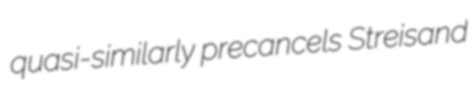
quasi-similarly precancels Streisand